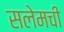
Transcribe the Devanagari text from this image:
सलेमची